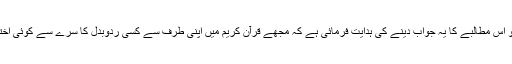
سورۃ یونس کی آیت ۱۵ میں اس کا ذکر ہے اور اس میں اللہ تعالیٰ نے جناب نبی اکرمؐ کو اس مطالبے کا یہ جواب دینے کی ہدایت فرمائی ہے کہ مجھے قرآن کریم میں اپنی طرف سے کسی ردوبدل کا سرے سے کوئی اختیار ہی نہیں ہے اور میں صرف اس وحی کا پابند ہوں جو میری طرف نازل کی گئی ہے۔